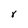
Character: r